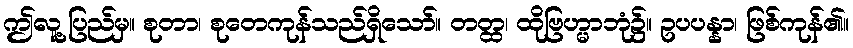
ဤလူ့ပြည်မှ။ စုတာ၊ စုတေကုန်သည်ရှိသော်။ တတ္ထ၊ ထိုဗြဟ္မာဘုံ၌။ ဥပပန္နာ၊ ဖြစ်ကုန်၏။